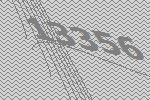
13356